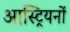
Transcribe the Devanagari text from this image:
आस्ट्रियनों